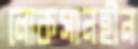
লোকসানহীন